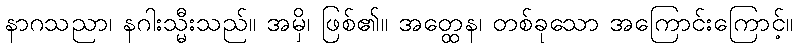
နာဂသညာ၊ နဂါးသ္မီးသည်။ အမှိ၊ ဖြစ်၏။ အတ္ထေန၊ တစ်ခုသော အကြောင်းကြောင့်။